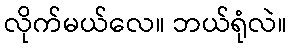
လိုက်မယ်လေ။ ဘယ်ရုံလဲ။